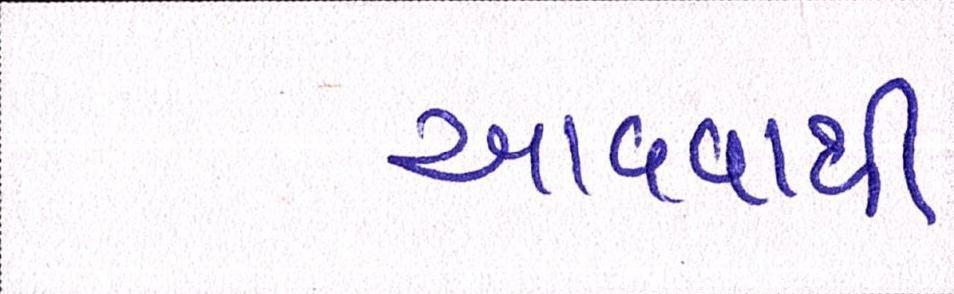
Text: આવવાથી